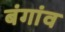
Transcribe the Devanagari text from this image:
बंगांव